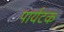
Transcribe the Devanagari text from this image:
पार्यटक